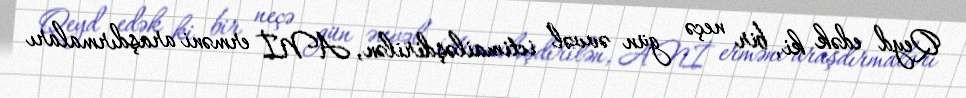
Qeyd edək ki, bir neçə gün əvvəl ictimailəşdirilən, ANİ erməni araşdırmaları